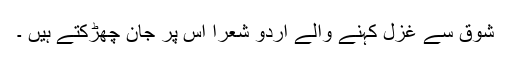
شوق سے غزل کہنے والے اُردو شعرأ اِس پر جان چھڑکتے ہیں ۔